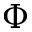
\Phi